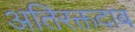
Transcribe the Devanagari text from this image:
अतिरक्तदाब